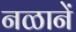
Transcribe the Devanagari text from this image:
नळानें